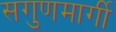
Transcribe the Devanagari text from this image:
सगुणमार्गी